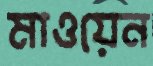
মাওয়েন